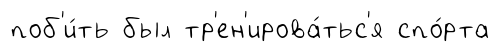
поб'и́ть был тр'ен'ирова́тьс'я спо́рта